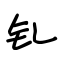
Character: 钆